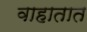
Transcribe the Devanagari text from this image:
वाहातात